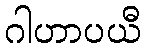
ဂါဟာပယီ